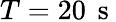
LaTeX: T=20\, \mathrm{~s~}